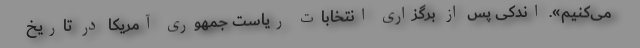
می‌کنیم». اندکی پس از برگزاری انتخابات ریاست جمهوری آمریکا در تاریخ